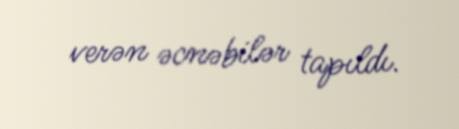
verən əcnəbilər tapıldı.